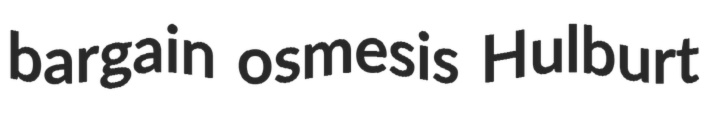
bargain osmesis Hulburt